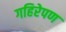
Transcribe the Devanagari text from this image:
गहिरेपण